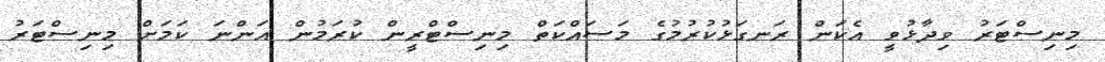
މިނިސްޓަރު ވިދާޅުވީ އެކަން ރަނގަޅުކުރުމުގެ މަސައްކަތް މިނިސްޓްރީން ކުރަމުން އަންނަ ކަމަށް މިނިސްޓަރު